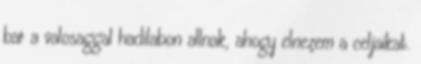
bar a valosaggal hadilabon allnak, ahogy elnezem a celjaikat.